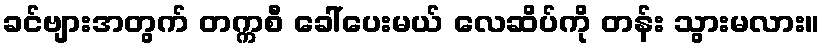
ခင်ဗျားအတွက် တက္ကစီ ခေါ်ပေးမယ် လေဆိပ်ကို တန်း သွားမလား။